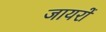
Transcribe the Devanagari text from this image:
जायरों